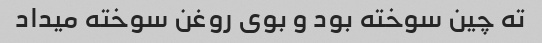
ته چین سوخته بود و بوی روغن سوخته میداد